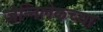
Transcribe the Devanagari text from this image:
जेन्निलेकच्या